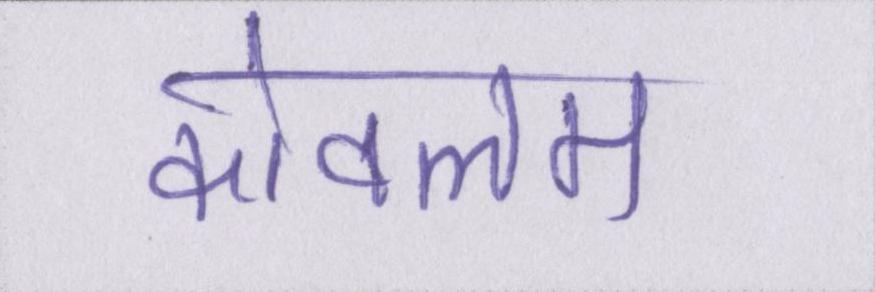
कोवलम